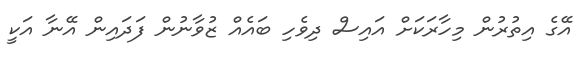
އޭގެ އިތުރުން މިހާރަކަށް އައިސް ދިވެހި ބައެއް ޒުވާނުން ފަދައިން އޭނާ އަކީ